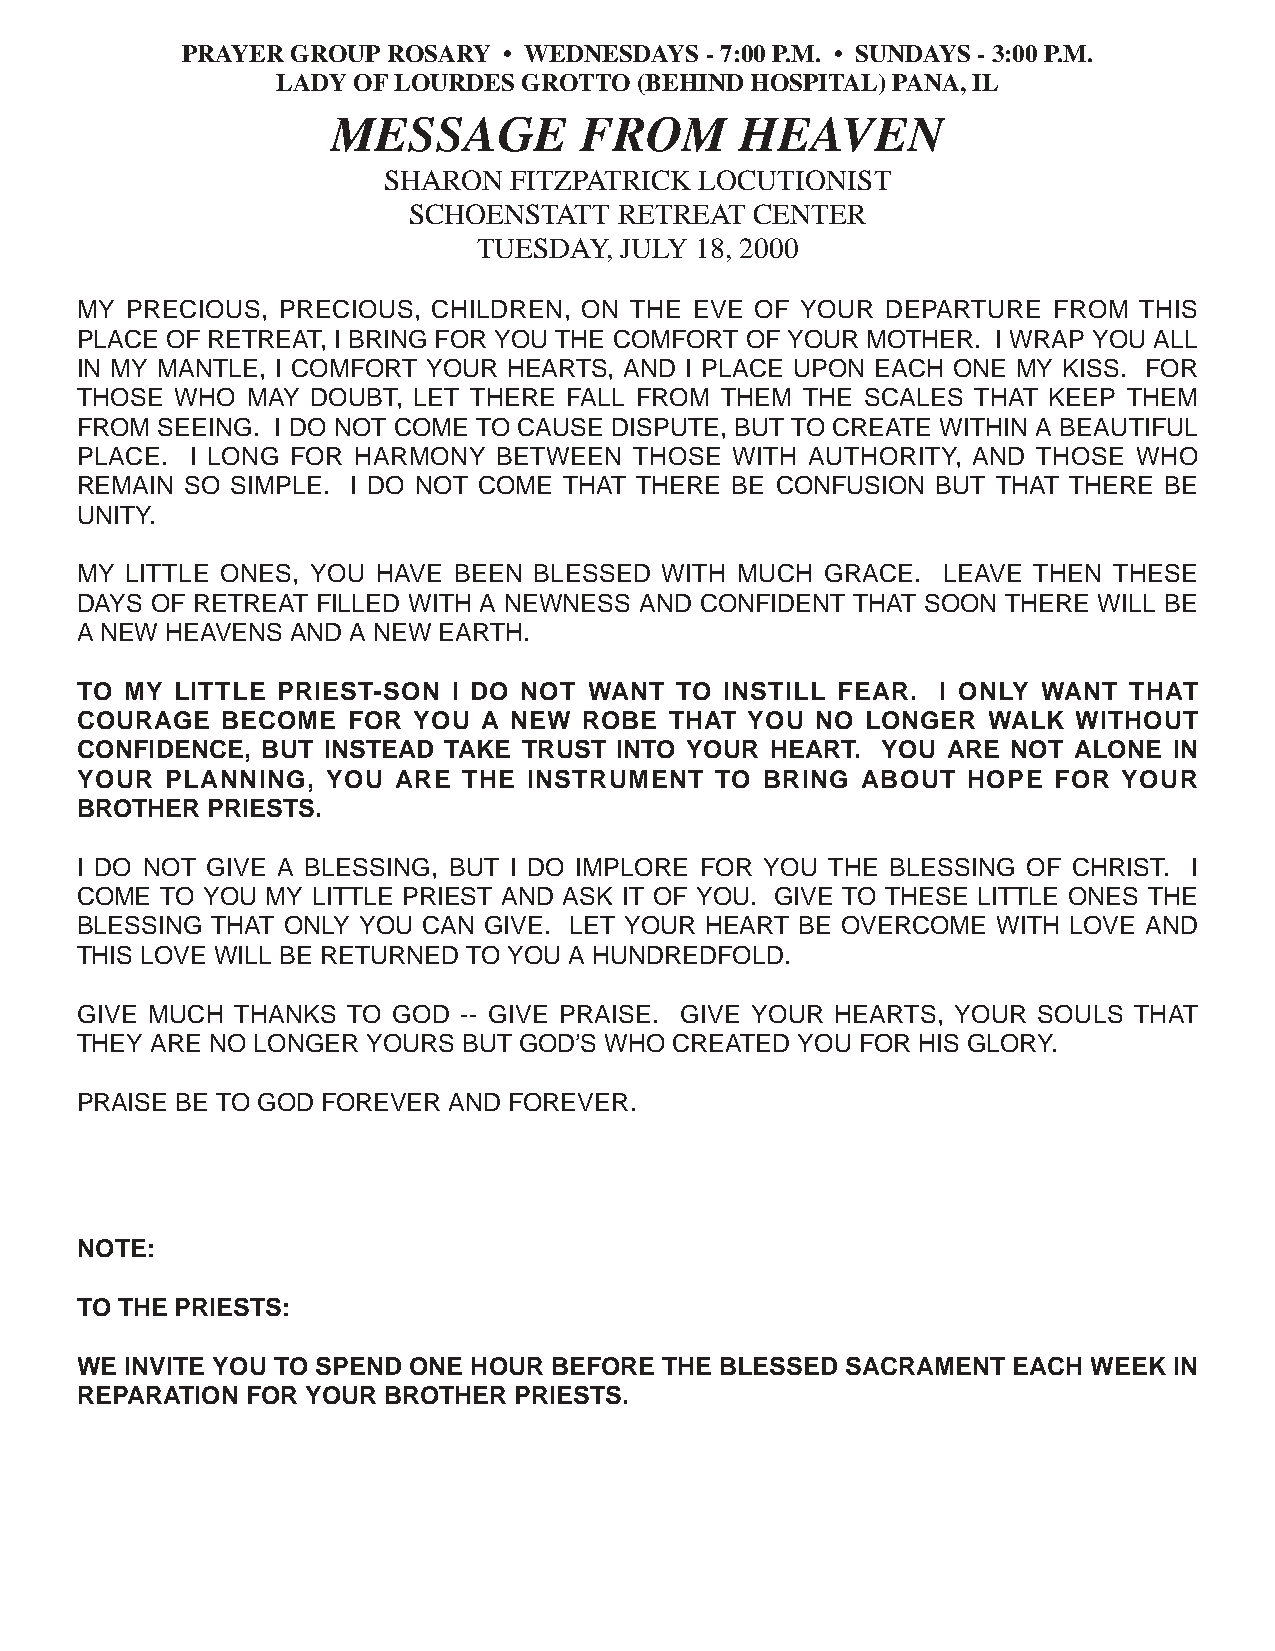
PRAYER GROUP  ROSARY • WEDNESDAYS  - 7:00 P.M. • SUNDAYS - 3:00 P.M.
 LADY OF LOURDES  GROTTO (BEHIND HOSPITAL) PANA, IL
 MESSAGE         FROM       HEAVEN
 SHARON   FITZPATRICK LOCUTIONIST
 SCHOENSTATT   RETREAT  CENTER
 TUESDAY, JULY 18, 2000
 MY PRECIOUS, PRECIOUS,  CHILDREN, ON THE EVE OF YOUR  DEPARTURE  FROM THIS
 PLACE OF RETREAT, I BRING FOR YOU THE COMFORT OF YOUR MOTHER. I WRAP YOU ALL
 IN MY MANTLE, I COMFORT YOUR HEARTS, AND I PLACE UPON EACH ONE MY KISS. FOR
 THOSE  WHO MAY  DOUBT, LET THERE FALL FROM THEM THE SCALES THAT KEEP  THEM
 FROM SEEING. I DO NOT COME TO CAUSE DISPUTE, BUT TO CREATE WITHIN A BEAUTIFUL
 PLACE.  I LONG FOR HARMONY  BETWEEN  THOSE  WITH AUTHORITY, AND THOSE WHO
 REMAIN SO SIMPLE. I DO NOT COME THAT THERE BE CONFUSION  BUT THAT THERE BE
 UNITY.
 MY LITTLE ONES, YOU HAVE BEEN BLESSED  WITH MUCH  GRACE. LEAVE THEN  THESE
 DAYS OF RETREAT FILLED WITH A NEWNESS AND CONFIDENT THAT SOON THERE WILL BE
 A NEW HEAVENS AND A NEW EARTH.
 TO MY  LITTLE PRIEST-SON I DO NOT WANT  TO INSTILL FEAR. I ONLY WANT  THAT
 COURAGE   BECOME  FOR YOU  A NEW  ROBE THAT YOU  NO LONGER  WALK  WITHOUT
 CONFIDENCE, BUT INSTEAD TAKE  TRUST INTO YOUR HEART. YOU  ARE NOT ALONE  IN
 YOUR  PLANNING,  YOU ARE  THE INSTRUMENT  TO  BRING ABOUT  HOPE  FOR YOUR
 BROTHER  PRIESTS.
 I DO NOT GIVE A BLESSING, BUT I DO IMPLORE FOR YOU THE BLESSING OF CHRIST. I
 COME  TO YOU MY LITTLE PRIEST AND ASK IT OF YOU. GIVE TO THESE LITTLE ONES THE
 BLESSING THAT ONLY YOU CAN GIVE. LET YOUR HEART BE OVERCOME  WITH LOVE AND
 THIS LOVE WILL BE RETURNED TO YOU A HUNDREDFOLD.
 GIVE MUCH  THANKS TO GOD -- GIVE PRAISE. GIVE YOUR HEARTS, YOUR SOULS THAT
 THEY ARE NO LONGER YOURS  BUT GOD’S WHO CREATED YOU FOR HIS GLORY.
 PRAISE BE TO GOD FOREVER AND FOREVER.
 NOTE:
 TO THE PRIESTS:
 WE INVITE YOU TO SPEND ONE HOUR BEFORE THE BLESSED SACRAMENT  EACH WEEK  IN
 REPARATION FOR YOUR BROTHER  PRIESTS.